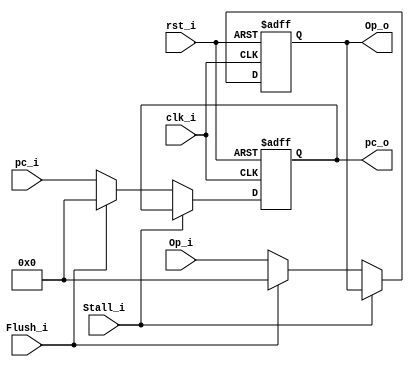
module IFIDRegisters
(
    clk_i,
    rst_i,
    Op_i,
    Stall_i,
    Flush_i,
    pc_i,
    Op_o,
    pc_o 
);

    input clk_i;
    input rst_i;
    input[31:0] Op_i;
    input Stall_i;
    input Flush_i;
    input[31:0] pc_i;
    output[31:0] Op_o;
    output[31:0] pc_o;
    reg[31:0] Op_reg;
    reg[31:0] pc_reg;

    assign Op_o = Op_reg;
    assign pc_o = pc_reg;
    always@(posedge clk_i or posedge rst_i) begin
        if (rst_i) begin
            Op_reg <= {32{1'b0}};
            pc_reg <= {32{1'b0}};
        end
        else if (Stall_i == 0) begin
            if (Flush_i) begin
                Op_reg <= {32{1'b0}};
                pc_reg <= {32{1'b0}};
            end
            else begin
                Op_reg <= Op_i;
                pc_reg <= pc_i;
            end
        end
    end

endmodule